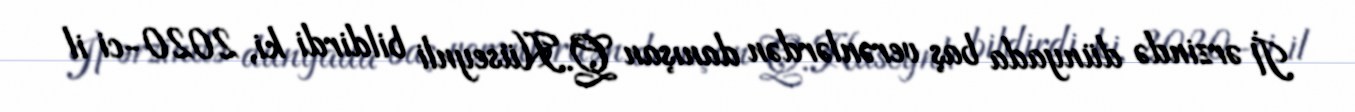
İl ərzində dünyada baş verənlərdən danışan Q.Hüseynli bildirdi ki, 2020-ci il